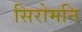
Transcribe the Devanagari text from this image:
सिरोमनि